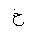
Letter: _kha